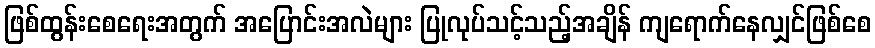
ဖြစ်ထွန်းစေရေးအတွက် အပြောင်းအလဲများ ပြုလုပ်သင့်သည့်အချိန် ကျရောက်နေလျှင်ဖြစ်စေ